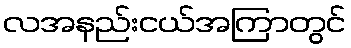
လအနည်းငယ်အကြာတွင်